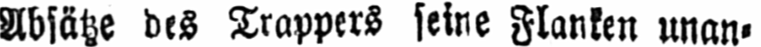
Absätze des Trappers seine Flanken unan⸗